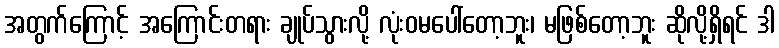
အတွက်ကြောင့် အကြောင်းတရား ချုပ်သွားလို့ လုံးဝမပေါ်တော့ဘူး၊ မဖြစ်တော့ဘူး ဆိုလို့ရှိရင် ဒါ